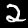
Label: 2